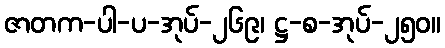
ဇာတက-ပါ-ပ-အုပ်-၂၆၉၊ ဋ္ဌ-စ-အုပ်-၂၅၀။